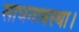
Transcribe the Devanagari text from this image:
साधनावस्था।